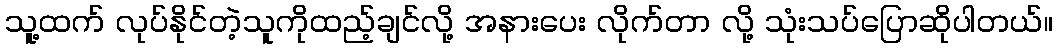
သူ့ထက် လုပ်နိုင်တဲ့သူကိုထည့်ချင်လို့ အနားပေး လိုက်တာ လို့ သုံးသပ်ပြောဆိုပါတယ်။